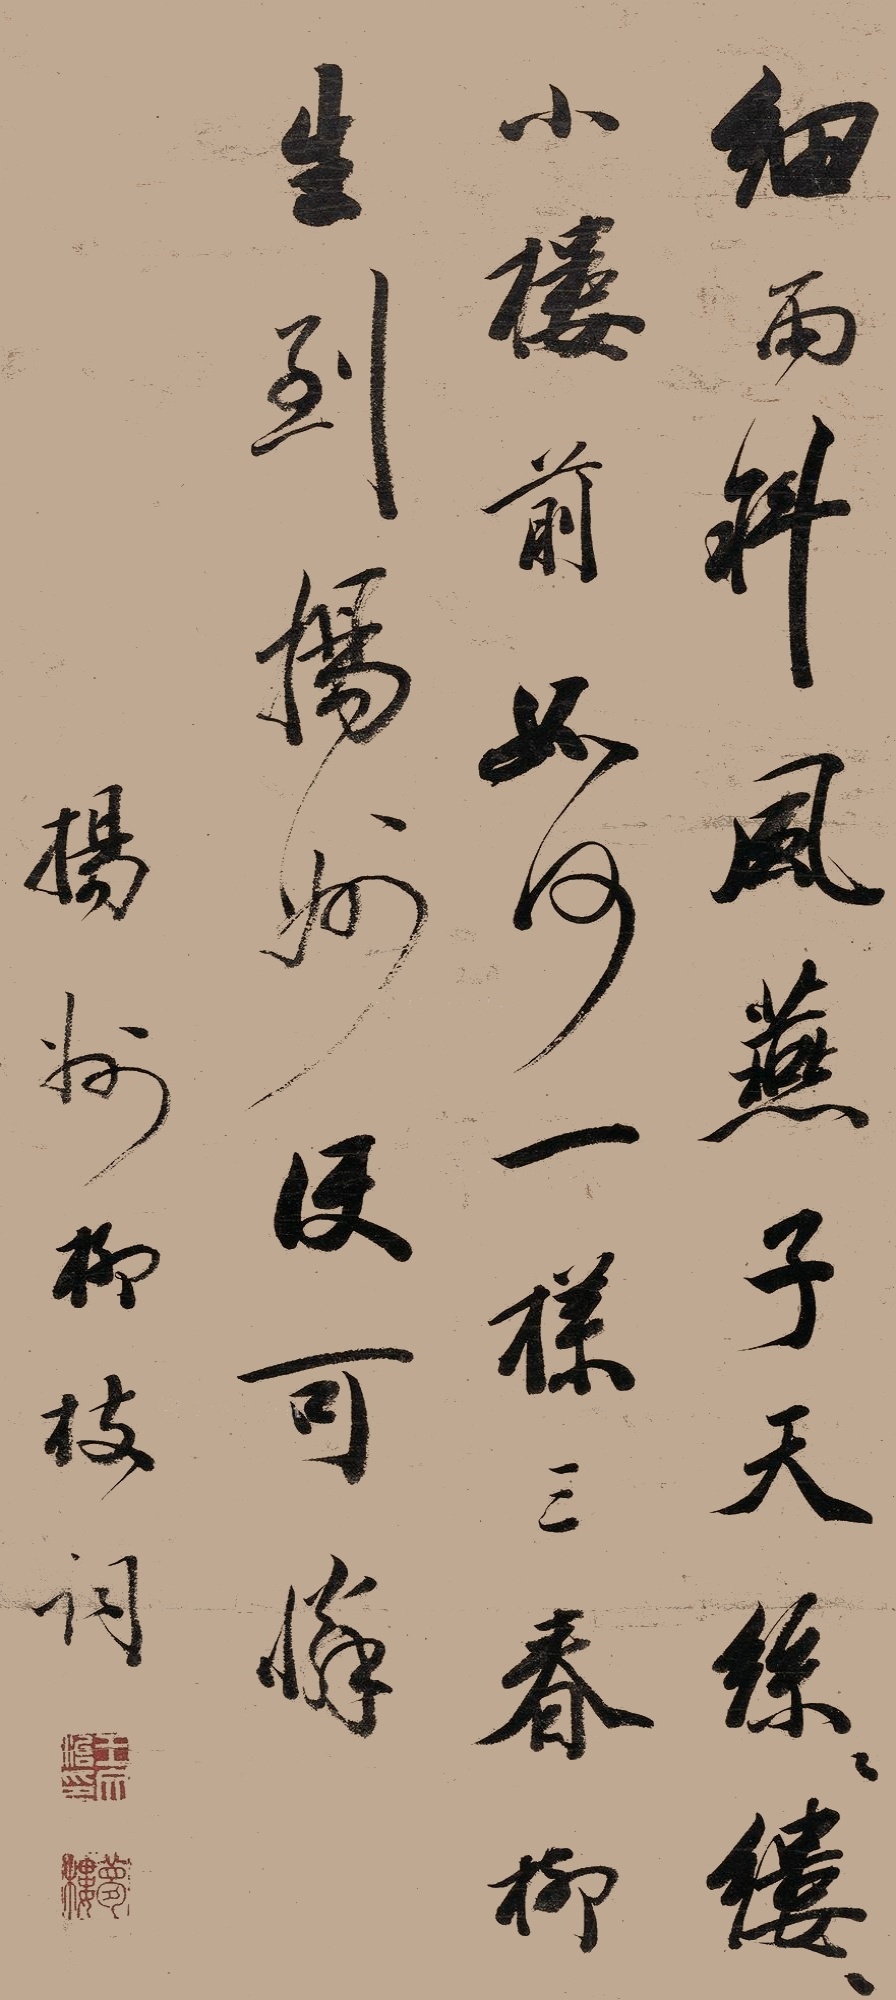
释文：细雨斜风燕子天，丝丝缕缕小楼前。如何一样三春柳，生到扬州便可怜。扬州柳枝词。